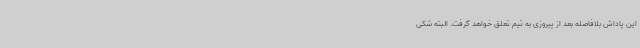
این پاداش بلافاصله بعد از پیروزی به تیم تعلق خواهد گرفت. البته شکی